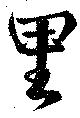
里